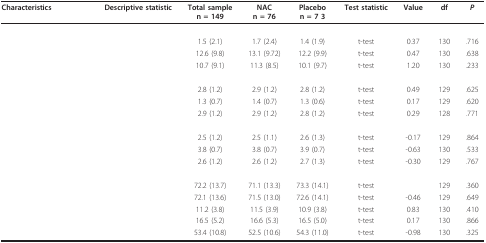
<table><thead><tr><td><b>Characteristics </b></td><td><b>Descriptive statistic</b></td><td><b>Total samplen = 149</b></td><td><b>NACn = 76</b></td><td><b>Placebon = 7 3</b></td><td><b>Test statistic</b></td><td><b>Value</b></td><td><b>df </b></td><td><b><i>P</i></b></td></tr></thead><tbody><tr><td>[EMPTY_CELL]</td><td>[EMPTY_CELL]</td><td>[EMPTY_CELL]</td><td>[EMPTY_CELL]</td><td>[EMPTY_CELL]</td><td>[EMPTY_CELL]</td><td>[EMPTY_CELL]</td><td>[EMPTY_CELL]</td><td>[EMPTY_CELL]</td></tr><tr><td>[EMPTY_CELL]</td><td>[EMPTY_CELL]</td><td>1.5 (2.1)</td><td>1.7 (2.4)</td><td>1.4 (1.9)</td><td>t-test</td><td>0.37</td><td>130</td><td>.716</td></tr><tr><td>[EMPTY_CELL]</td><td>[EMPTY_CELL]</td><td>12.6 (9.8)</td><td>13.1 (9.72)</td><td>12.2 (9.9)</td><td>t-test</td><td>0.47</td><td>130</td><td>.638</td></tr><tr><td>[EMPTY_CELL]</td><td>[EMPTY_CELL]</td><td>10.7 (9.1)</td><td>11.3 (8.5)</td><td>10.1 (9.7)</td><td>t-test</td><td>1.20</td><td>130</td><td>.233</td></tr><tr><td>[EMPTY_CELL]</td><td>[EMPTY_CELL]</td><td>[EMPTY_CELL]</td><td>[EMPTY_CELL]</td><td>[EMPTY_CELL]</td><td>[EMPTY_CELL]</td><td>[EMPTY_CELL]</td><td>[EMPTY_CELL]</td><td>[EMPTY_CELL]</td></tr><tr><td>[EMPTY_CELL]</td><td>[EMPTY_CELL]</td><td>2.8 (1.2)</td><td>2.9 (1.2)</td><td>2.8 (1.2)</td><td>t-test</td><td>0.49</td><td>129</td><td>.625</td></tr><tr><td>[EMPTY_CELL]</td><td>[EMPTY_CELL]</td><td>1.3 (0.7)</td><td>1.4 (0.7)</td><td>1.3 (0.6)</td><td>t-test</td><td>0.17</td><td>129</td><td>.620</td></tr><tr><td>[EMPTY_CELL]</td><td>[EMPTY_CELL]</td><td>2.9 (1.2)</td><td>2.9 (1.2)</td><td>2.8 (1.2)</td><td>t-test</td><td>0.29</td><td>128</td><td>.771</td></tr><tr><td>[EMPTY_CELL]</td><td>[EMPTY_CELL]</td><td>[EMPTY_CELL]</td><td>[EMPTY_CELL]</td><td>[EMPTY_CELL]</td><td>[EMPTY_CELL]</td><td>[EMPTY_CELL]</td><td>[EMPTY_CELL]</td><td>[EMPTY_CELL]</td></tr><tr><td>[EMPTY_CELL]</td><td>[EMPTY_CELL]</td><td>2.5 (1.2)</td><td>2.5 (1.1)</td><td>2.6 (1.3)</td><td>t-test</td><td>-0.17</td><td>129</td><td>.864</td></tr><tr><td>[EMPTY_CELL]</td><td>[EMPTY_CELL]</td><td>3.8 (0.7)</td><td>3.8 (0.7)</td><td>3.9 (0.7)</td><td>t-test</td><td>-0.63</td><td>130</td><td>.533</td></tr><tr><td>[EMPTY_CELL]</td><td>[EMPTY_CELL]</td><td>2.6 (1.2)</td><td>2.6 (1.2)</td><td>2.7 (1.3)</td><td>t-test</td><td>-0.30</td><td>129</td><td>.767</td></tr><tr><td>[EMPTY_CELL]</td><td>[EMPTY_CELL]</td><td>[EMPTY_CELL]</td><td>[EMPTY_CELL]</td><td>[EMPTY_CELL]</td><td>[EMPTY_CELL]</td><td>[EMPTY_CELL]</td><td>[EMPTY_CELL]</td><td>[EMPTY_CELL]</td></tr><tr><td>[EMPTY_CELL]</td><td>[EMPTY_CELL]</td><td>72.2 (13.7)</td><td>71.1 (13.3)</td><td>73.3 (14.1)</td><td>t-test</td><td>[EMPTY_CELL]</td><td>129</td><td>.360</td></tr><tr><td>[EMPTY_CELL]</td><td>[EMPTY_CELL]</td><td>72.1 (13.6)</td><td>71.5 (13.0)</td><td>72.6 (14.1)</td><td>t-test</td><td>-0.46</td><td>129</td><td>.649</td></tr><tr><td>[EMPTY_CELL]</td><td>[EMPTY_CELL]</td><td>11.2 (3.8)</td><td>11.5 (3.9)</td><td>10.9 (3.8)</td><td>t-test</td><td>0.83</td><td>130</td><td>.410</td></tr><tr><td>[EMPTY_CELL]</td><td>[EMPTY_CELL]</td><td>16.5 (5.2)</td><td>16.6 (5.3)</td><td>16.5 (5.0)</td><td>t-test</td><td>0.17</td><td>130</td><td>.866</td></tr><tr><td>[EMPTY_CELL]</td><td>[EMPTY_CELL]</td><td>53.4 (10.8)</td><td>52.5 (10.6)</td><td>54.3 (11.0)</td><td>t-test</td><td>-0.98</td><td>130</td><td>.325</td></tr></tbody></table>